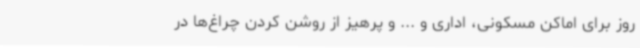
روز برای اماکن مسکونی، اداری و ... و پرهیز از روشن کردن چراغ‌ها در